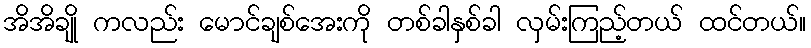
အိအိချို ကလည်း မောင်ချစ်အေးကို တစ်ခါနှစ်ခါ လှမ်းကြည့်တယ် ထင်တယ်။